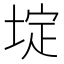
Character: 埞